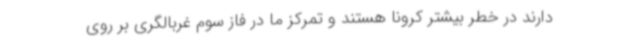
دارند در خطر بیشتر کرونا هستند و تمرکز ما در فاز سوم غربالگری بر روی